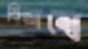
বিলম্বে